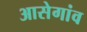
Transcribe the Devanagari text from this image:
आसेगांव